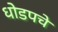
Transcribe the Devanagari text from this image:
धोडपचे